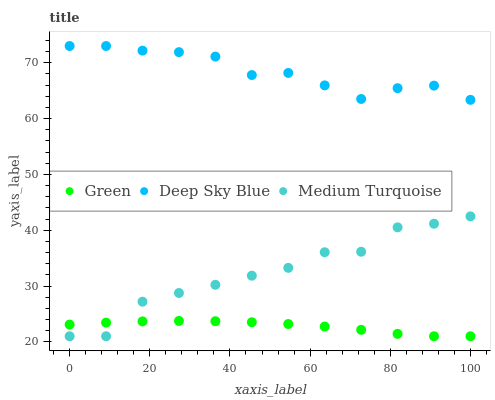
| xaxis_label | Green | Deep Sky Blue | Medium Turquoise |
 | --- | --- | --- | --- |
 | 0 | 23.1 | 73 | 21 |
 | 9.09 | 23.4 | 73 | 21 |
 | 18.2 | 23.7 | 72.2 | 27.2 |
 | 27.3 | 23.7 | 71.9 | 28.8 |
 | 36.4 | 23.7 | 71.1 | 30.2 |
 | 45.5 | 23.5 | 67.8 | 31.8 |
 | 54.5 | 23.2 | 68.2 | 33.3 |
 | 63.6 | 22.7 | 65.9 | 36.1 |
 | 72.7 | 22.1 | 63.5 | 36.1 |
 | 81.8 | 21.4 | 65.4 | 40.5 |
 | 90.9 | 21 | 65.9 | 41.2 |
 | 100 | 21 | 63.4 | 42.5 |